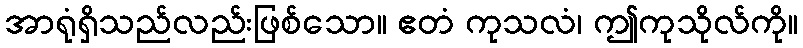
အာရုံရှိသည်လည်းဖြစ်သော။ ဧတံ ကုသလံ၊ ဤကုသိုလ်ကို။